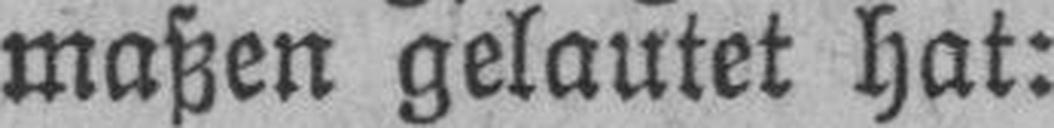
maßen gelautet hat: